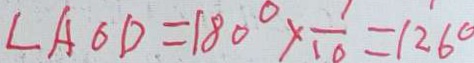
\angle A O D = 1 8 0 ^ { \circ } \times \frac { 1 } { 1 0 } = 1 2 6 ^ { \circ }